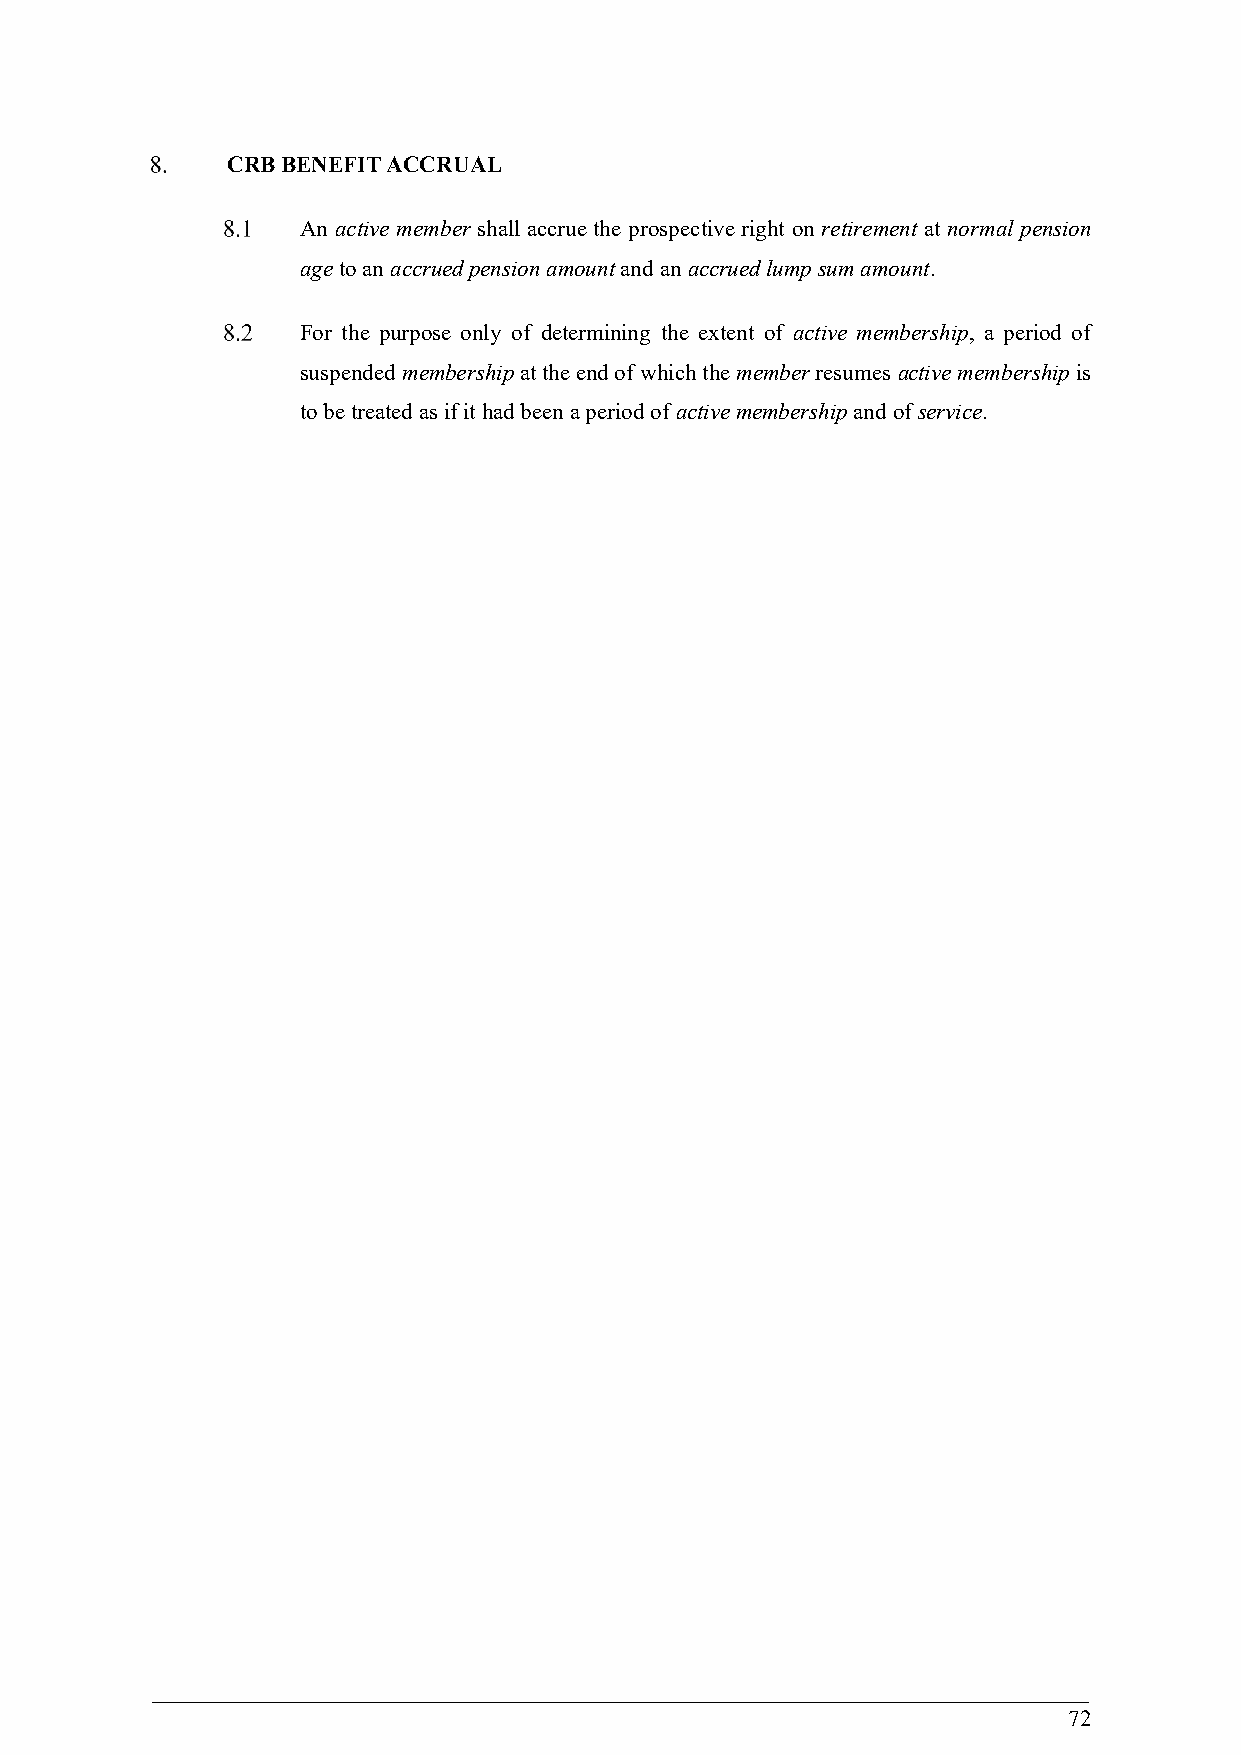
CRB BENEFIT ACCRUAL
 An active member shall accrue the prospective right on retirement at normal pension
 age to an accrued pension amount and an accrued lump sum amount.
 For the purpose only of determining the extent of active membership, a period of
 suspended membership at the end of which the member resumes active membership is
 to be treated as if it had been a period of active membership and of service.
 72